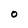
Character: O